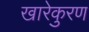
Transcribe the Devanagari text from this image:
खारेकुरण